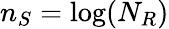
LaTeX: n_{S}=\log(N_{R})